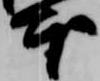
本